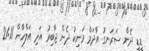
ޑީޑީ ދެން ސަރަނގު އާދަމް މަނިކު ދެން ޖާބިރު އަދި އަލްހާން 21:11